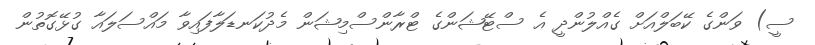
ސީ) ވަންގެ ކޭބަލްއަށް ގެއްލުންދީ އެ ސްޓޭޝަންގެ ޓްރާންސްމިޝަން މެދުކަނޑަލާފައިވާ މައްސަލައާ ގުޅޭގޮތުން